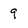
Character: 9